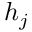
h _ { j }